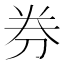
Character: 券